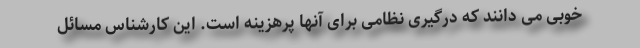
خوبی می دانند که درگیری نظامی برای آنها پرهزینه است. این کارشناس مسائل